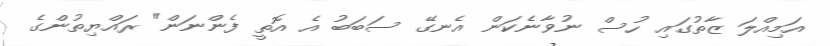
އަމިއްލަ ޒާތުގައި ހުސް ނުވާނެކަން އެނގޭ ސަބަބު އެ އޮތީ ފެންނަން" ރައްޔިތުންގެ